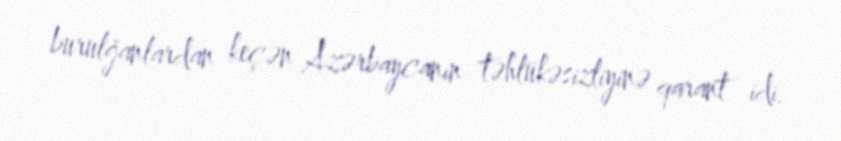
burulğanlardan keçən Azərbaycanın təhlükəsizliyinə qarant idi.